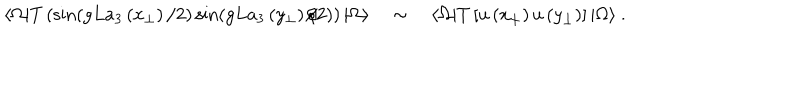
LaTeX: \langle \Omega | T \left( \sin ( g L a _ { 3 } \left( x _ { \perp } \right) / 2 ) \sin ( g L a _ { 3 } \left( y _ { \perp } \right) / 2 ) \right) | \Omega \rangle \quad \sim \quad \langle \Omega | T \left[ u \left( x _ { \perp } \right) u \left( y _ { \perp } \right) \right] | \Omega \rangle \ . \nonumber \,